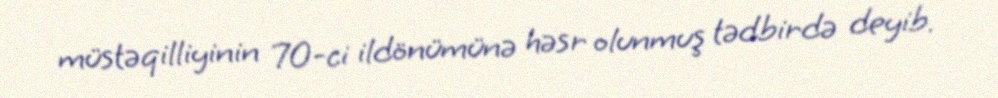
müstəqilliyinin 70-ci ildönümünə həsr olunmuş tədbirdə deyib.